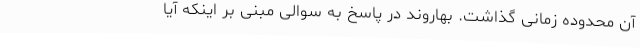
آن محدوده زمانی گذاشت. بهاروند در پاسخ به سوالی مبنی بر اینکه آیا